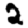
Digit: 2